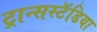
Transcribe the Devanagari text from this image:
ट्रान्सस्टॅडिया